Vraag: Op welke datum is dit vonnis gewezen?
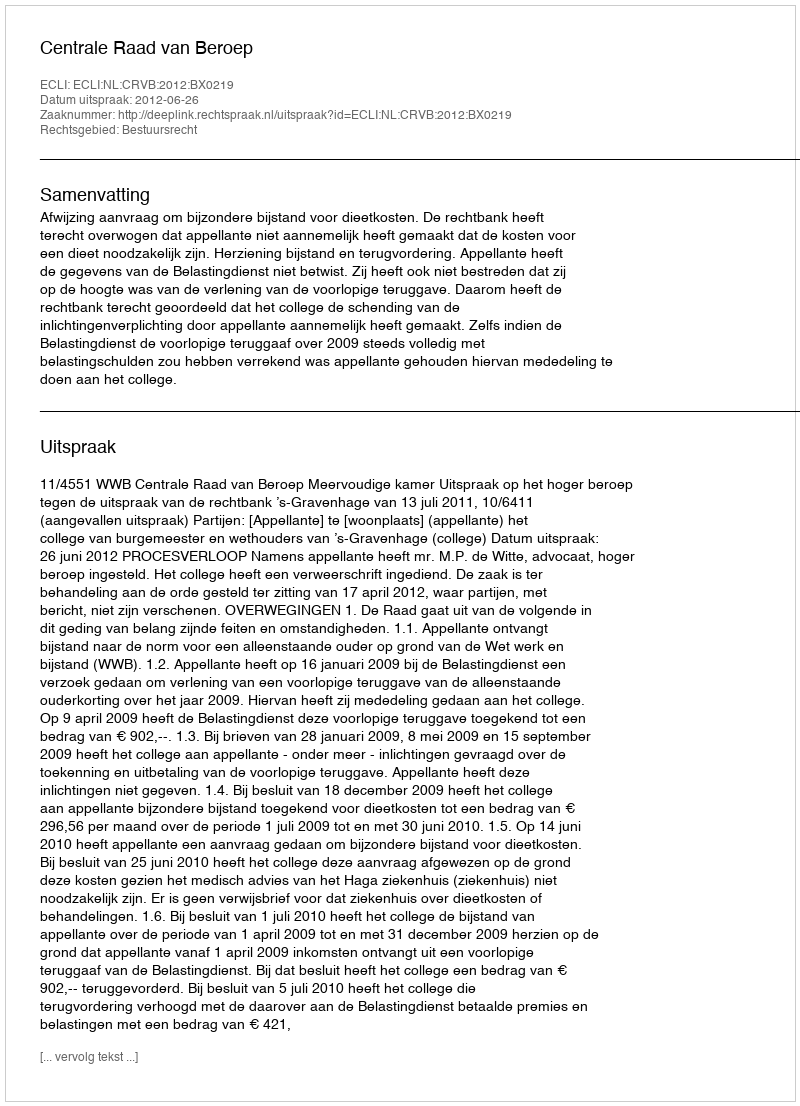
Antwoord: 2012-06-26